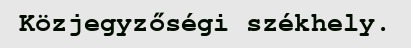
Közjegyzőségi székhely.